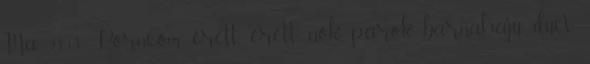
Ma 23:13 Porn.com érett, érett nők, párok, barnahajú, duci,